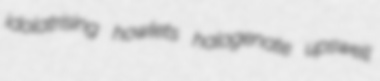
idolatrising howlets halogenate upswell